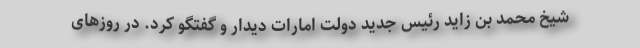
شیخ محمد بن زاید رئیس جدید دولت امارات دیدار و گفتگو کرد. در روزهای